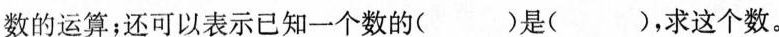
数的运算；还可以表示已知一个数的( )是( )，求这个数。